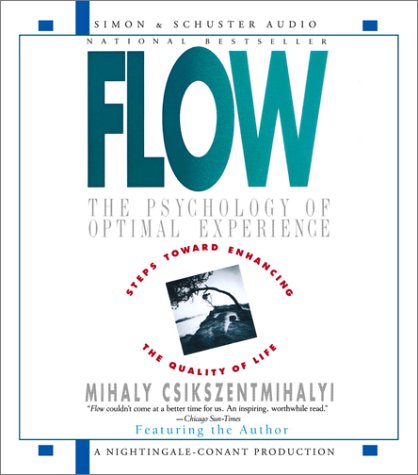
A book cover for Flow: The Psychology Of Optimal Experience; Mihaly Csikszentmihalyi; Health, Fitness & Dieting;